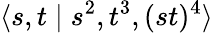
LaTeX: \langle s,t\mid s^{2},t^{3},(st)^{4}\rangle